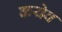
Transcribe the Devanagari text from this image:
कयेव